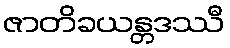
ဇာတိခယန္တဒဿီ